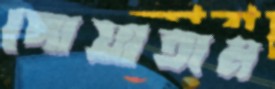
পোয়াতাম